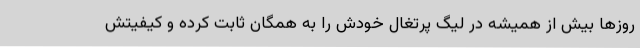
روزها بیش از همیشه در لیگ پرتغال خودش را به همگان ثابت کرده و کیفیتش